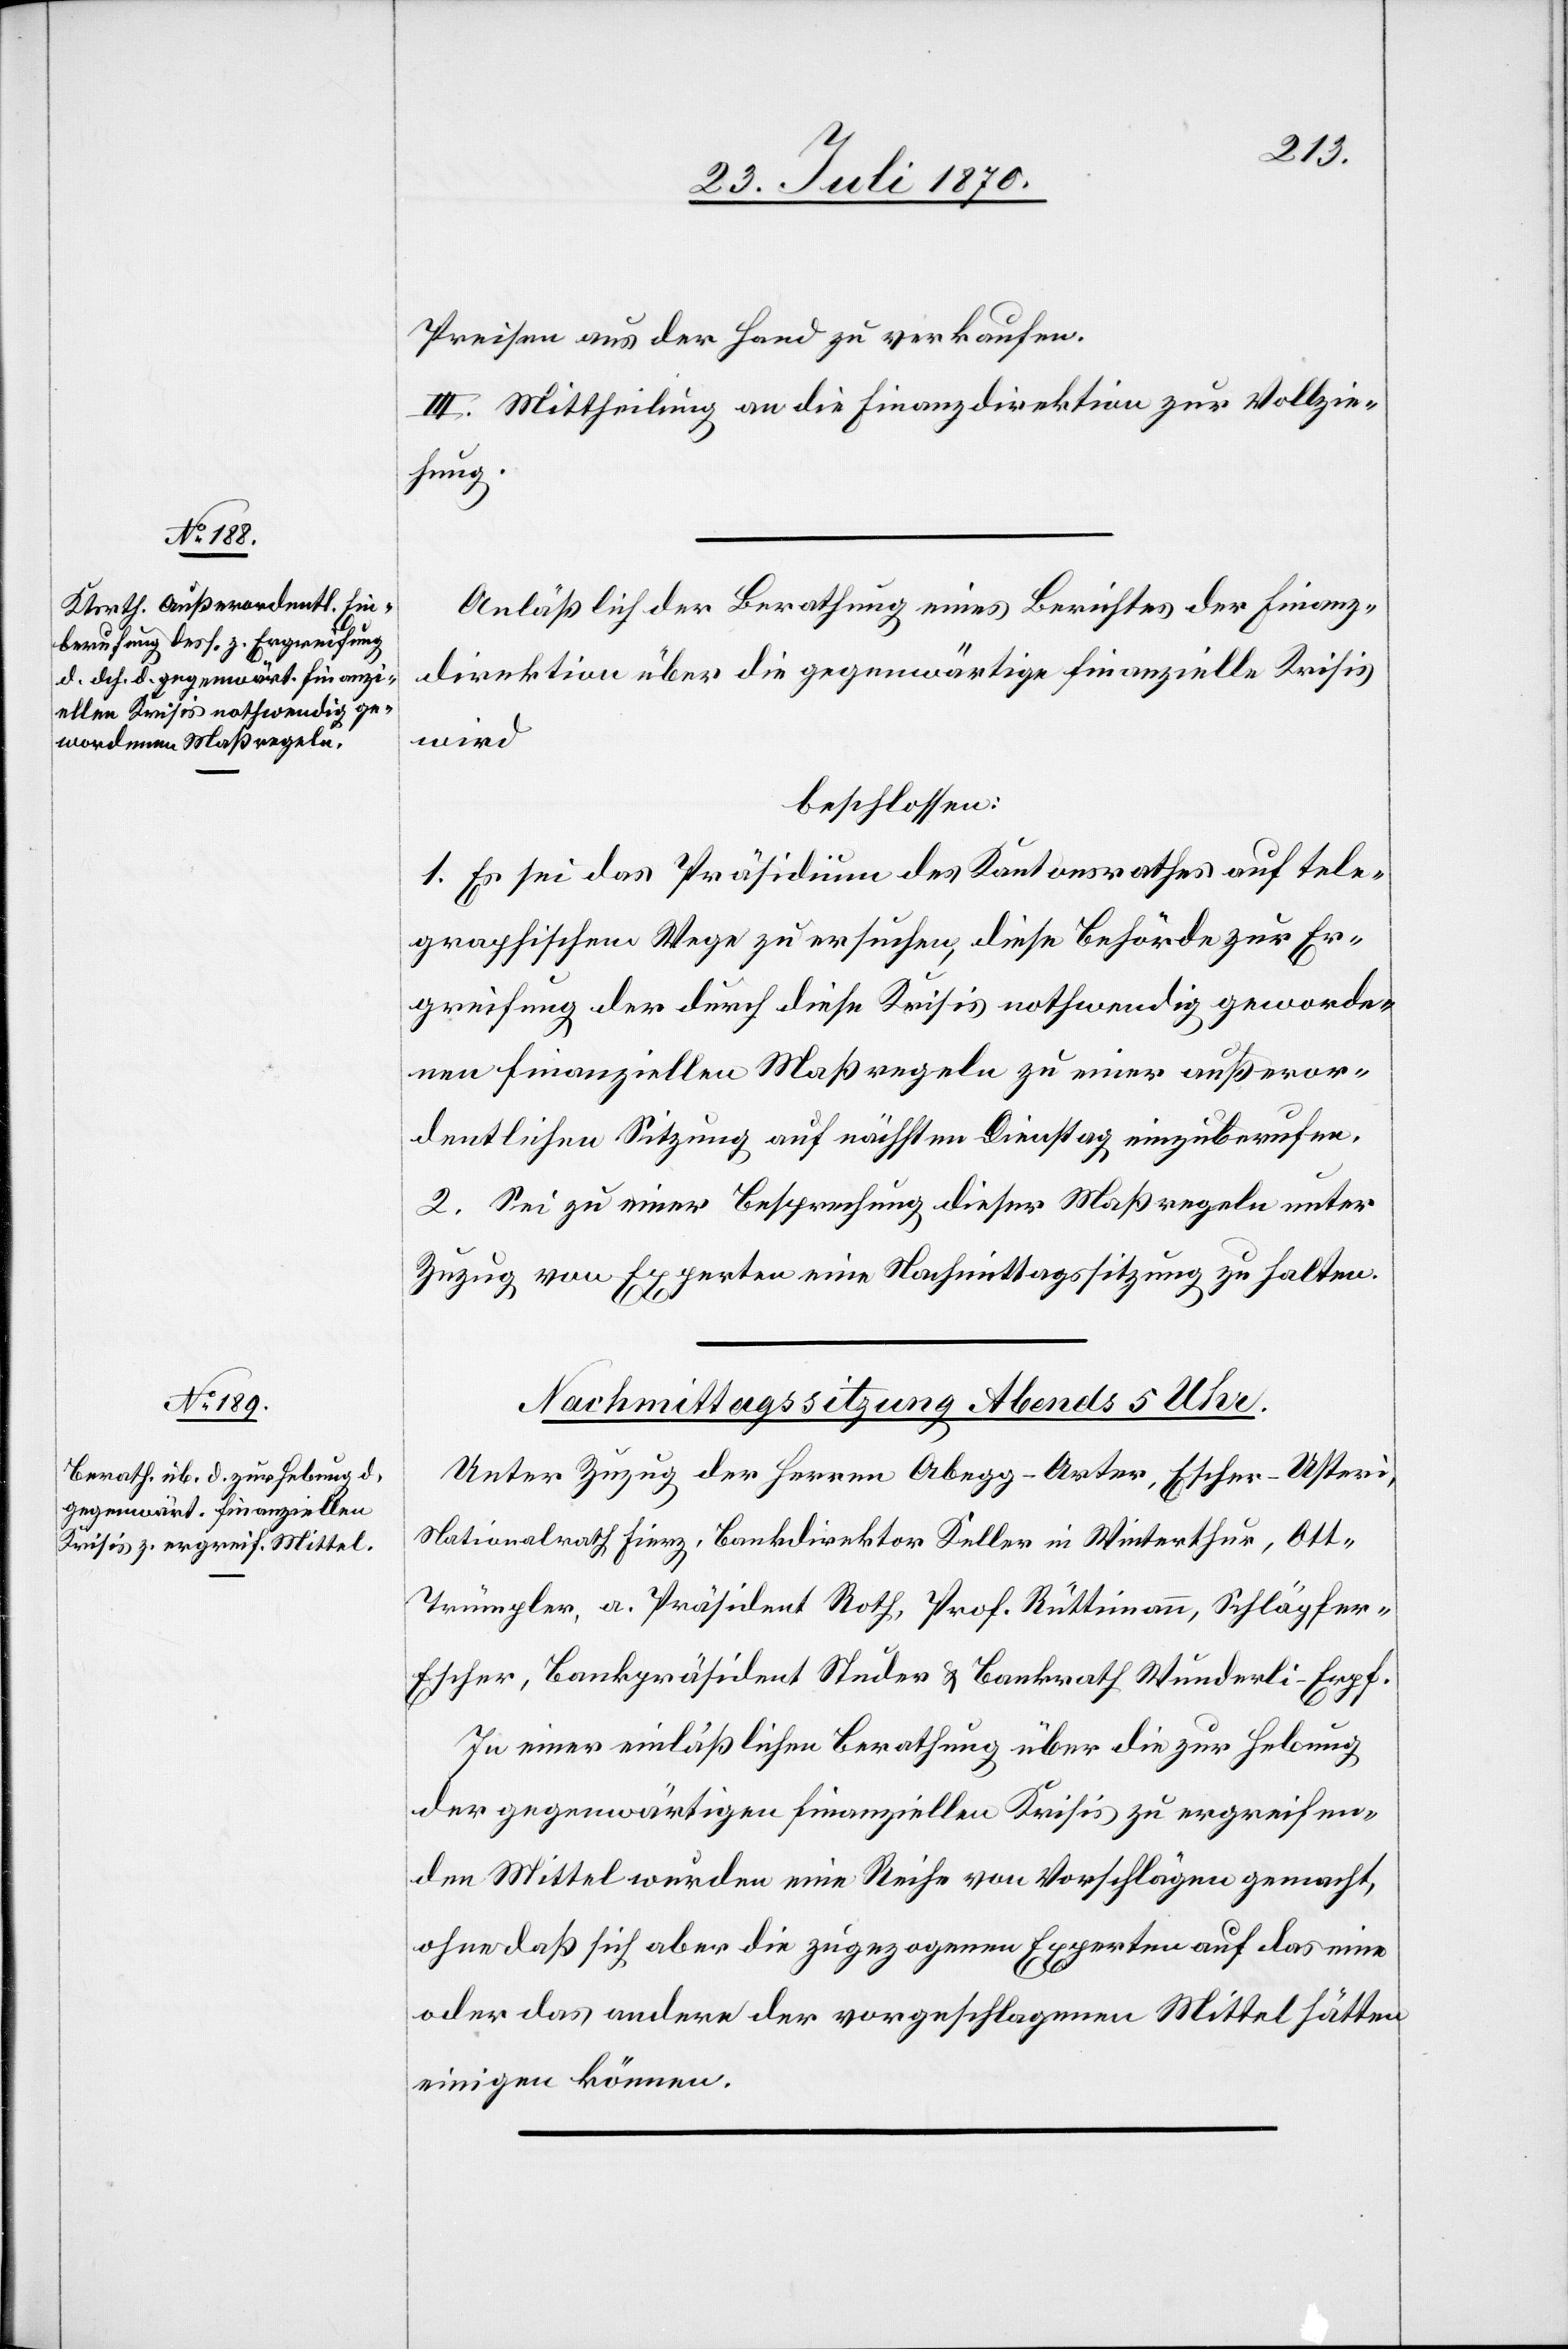
Berathung über die zur Hebung

Preisen aus der Hard zu verkaufen.
III. Mittheilung an die Finanzdirektion zur Vollzie¬
hung.
Anläßlich der Berathung eines Berichtes der Finanz¬
direktion über die gegenwärtige finanzielle Krisis
wird
beschlossen:
1. Es sei das Präsidium des Kantonsrathes auf tele¬
graphischem Wege zu ersuchen, diese Behörde zur Er¬
greifung der durch diese Krisis nothwendig geworde¬
nen finanziellen Maßregeln zu einer außeror¬
dentlichen Sitzung auf nächsten Dienstag einzuberufen.
2. Sei zu einer Besprechung dieser Maßregeln unter
Zuzug von Experten eine Nachmittagssitzung zu halten.
Unter Zuzug der Herren Abegg-Arter, Escher-Usteri,
Nationalrath Fierz, Bankdirektor Keller in Winterthur, Ot¬
t-Trümpler, a. Präsident Roth, Prof. Rüttimann, Schläpfer-E¬
scher, Bankpräsident Studer & Bankrath Wunderli-Erpf.
der gegenwärtigen finanziellen Krisis zu ergreifen¬
den Mittel wurden eine Reihe von Vorschlägen gemacht,
ohne daß sich aber die zugezogenen Experten auf das eine
oder das andere der vorgeschlagenen Mittel hätten
einigen können.